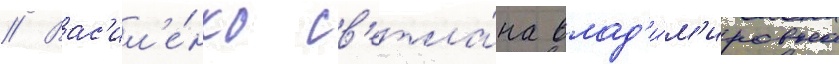
// Вас'ил'е́нко св'етла́на влад'и́м'ировна